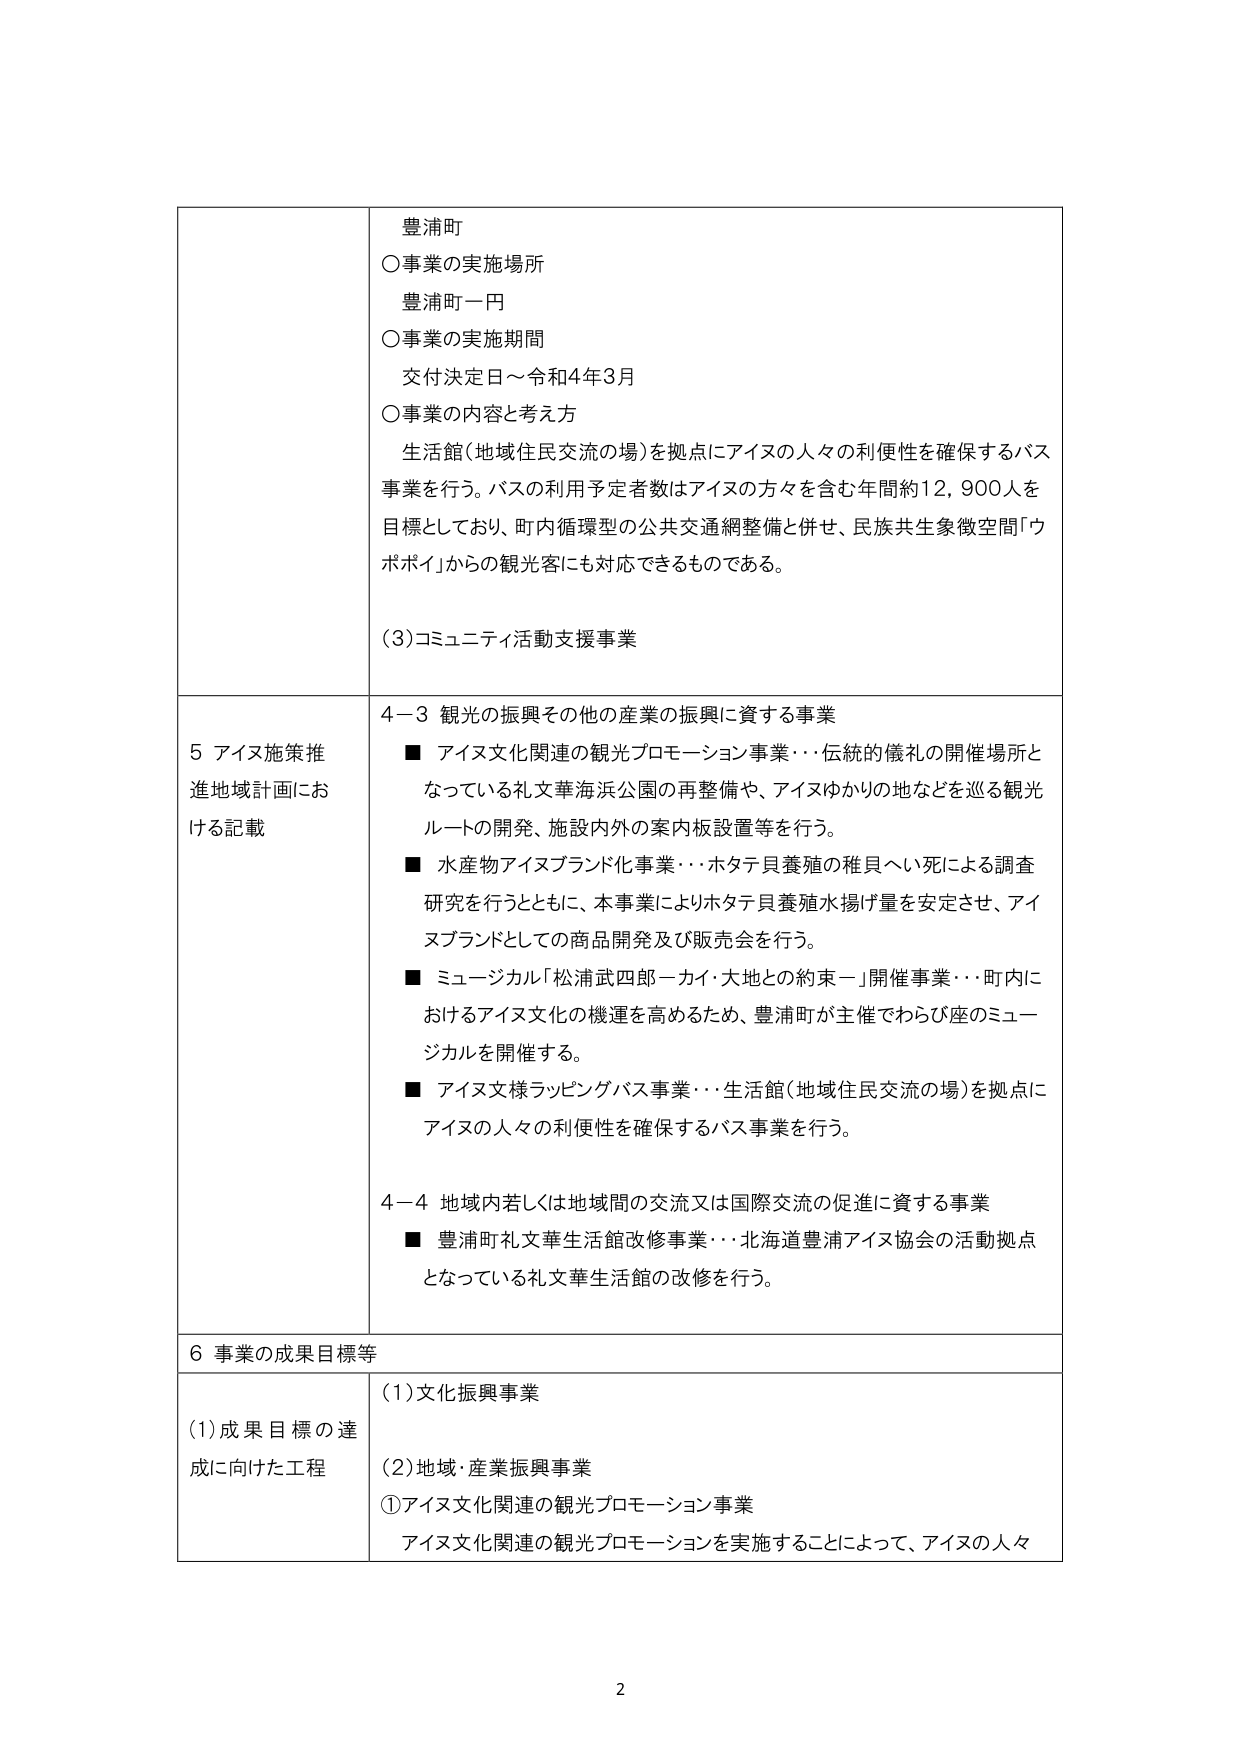
豊浦町
○事業の実施場所
　豊浦町一円
○事業の実施期間
　交付決定日～令和4年3月
○事業の内容と考え方
　生活館（地域住民交流の場）を拠点にアイヌの人々の利便性を確保するバス事業を行う。バスの利用予定者数はアイヌの方々を含む年間約12,900人を目標としており、町内循環型の公共交通網整備と併せ、民族共生象徴空間「ウポポイ」からの観光客にも対応できるものである。

(3)コミュニティ活動支援事業

5 アイヌ施策推進地域計画における記載
4－3 観光の振興その他の産業の振興に資する事業
■ アイヌ文化関連の観光プロモーション事業･･･伝統的儀礼の開催場所となっている礼文華海浜公園の再整備や、アイヌゆかりの地などを巡る観光ルートの開発、施設内外の案内板設置等を行う。
■ 水産物アイヌブランド化事業･･･ホタテ貝養殖の稚貝へい死による調査研究を行うとともに、本事業によりホタテ貝養殖水揚げ量を安定させ、アイヌブランドとしての商品開発及び販売会を行う。
■ ミュージカル「松浦武四郎－カイ・大地との約束－」開催事業･･･町内におけるアイヌ文化の機運を高めるため、豊浦町が主催でわらび座のミュージカルを開催する。
■ アイヌ文様ラッピングバス事業･･･生活館（地域住民交流の場）を拠点にアイヌの人々の利便性を確保するバス事業を行う。

4－4 地域内若しくは地域間の交流又は国際交流の促進に資する事業
■ 豊浦町礼文華生活館改修事業･･･北海道豊浦アイヌ協会の活動拠点となっている礼文華生活館の改修を行う。

6 事業の成果目標等
(1)成果目標の達成に向けた工程
(1)文化振興事業
(2)地域・産業振興事業
①アイヌ文化関連の観光プロモーション事業
　アイヌ文化関連の観光プロモーションを実施することによって、アイヌの人々

2